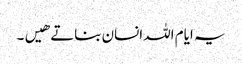
یہ ایام اللہ انسان بناتے هیں۔